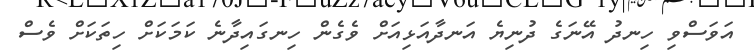
އަވަސްވި ހިނދު އޭނަގެ ދުނިޔެ އަނދާއަޅިއަށް ވެގެން ހިނގައިދާނެ ކަމަކަށް ހިތަކަށް ވެސް